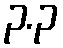
၃.၃